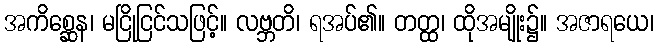
အကိစ္ဆေန၊ မငြိုငြင်သဖြင့်။ လဗ္ဘတိ၊ ရအပ်၏။ တတ္ထ၊ ထိုအမျိုး၌။ အဇာရယေ၊